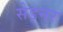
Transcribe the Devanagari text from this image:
सेड्नर